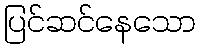
ပြင်ဆင်နေသော